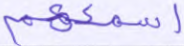
أسمعهم